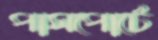
পাসপোর্টে